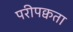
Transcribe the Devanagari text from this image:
परीपक्वता